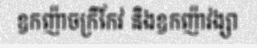
ឧកញ៉ាចក្រីកែវ និងឧកញ៉ាវង្សា